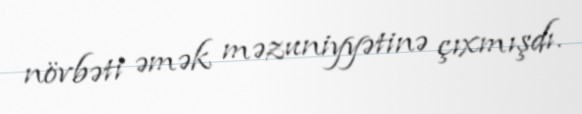
növbəti əmək məzuniyyətinə çıxmışdı.